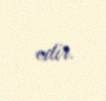
edir.